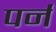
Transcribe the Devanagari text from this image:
पर्न